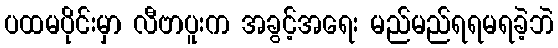
ပထမပိုင်းမှာ လီဗာပူးက အခွင့်အရေး မည်မည်ရရမရခဲ့ဘဲ